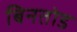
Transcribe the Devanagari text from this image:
बिनतोड